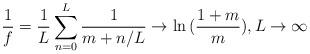
LaTeX: \begin{align*} \frac{1}{f}=\frac{1}{L}\sum_{n=0}^{L}\frac{1}{m+n/L} \rightarrow \ln{(\frac{1+m}{m})},L\rightarrow\infty\end{align*}